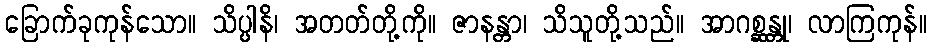
ခြောက်ခုကုန်သော။ သိပ္ပါနိ၊ အတတ်တို့ကို။ ဇာနန္တာ၊ သိသူတို့သည်။ အာဂစ္ဆန္တု၊ လာကြကုန်။